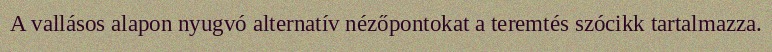
A vallásos alapon nyugvó alternatív nézőpontokat a teremtés szócikk tartalmazza.